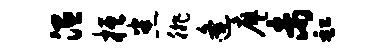
温桓悉徘逄廖未缸